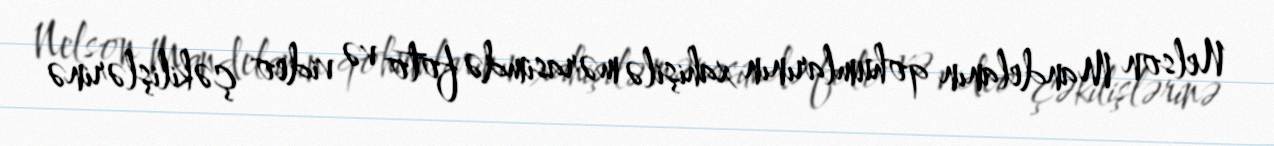
Nelson Mandelanın qohumlarının xahişilə mərasimdə foto və video çəkilişlərinə